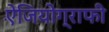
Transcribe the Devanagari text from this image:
ऐंजियोग्राफी